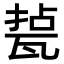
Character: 𤭥